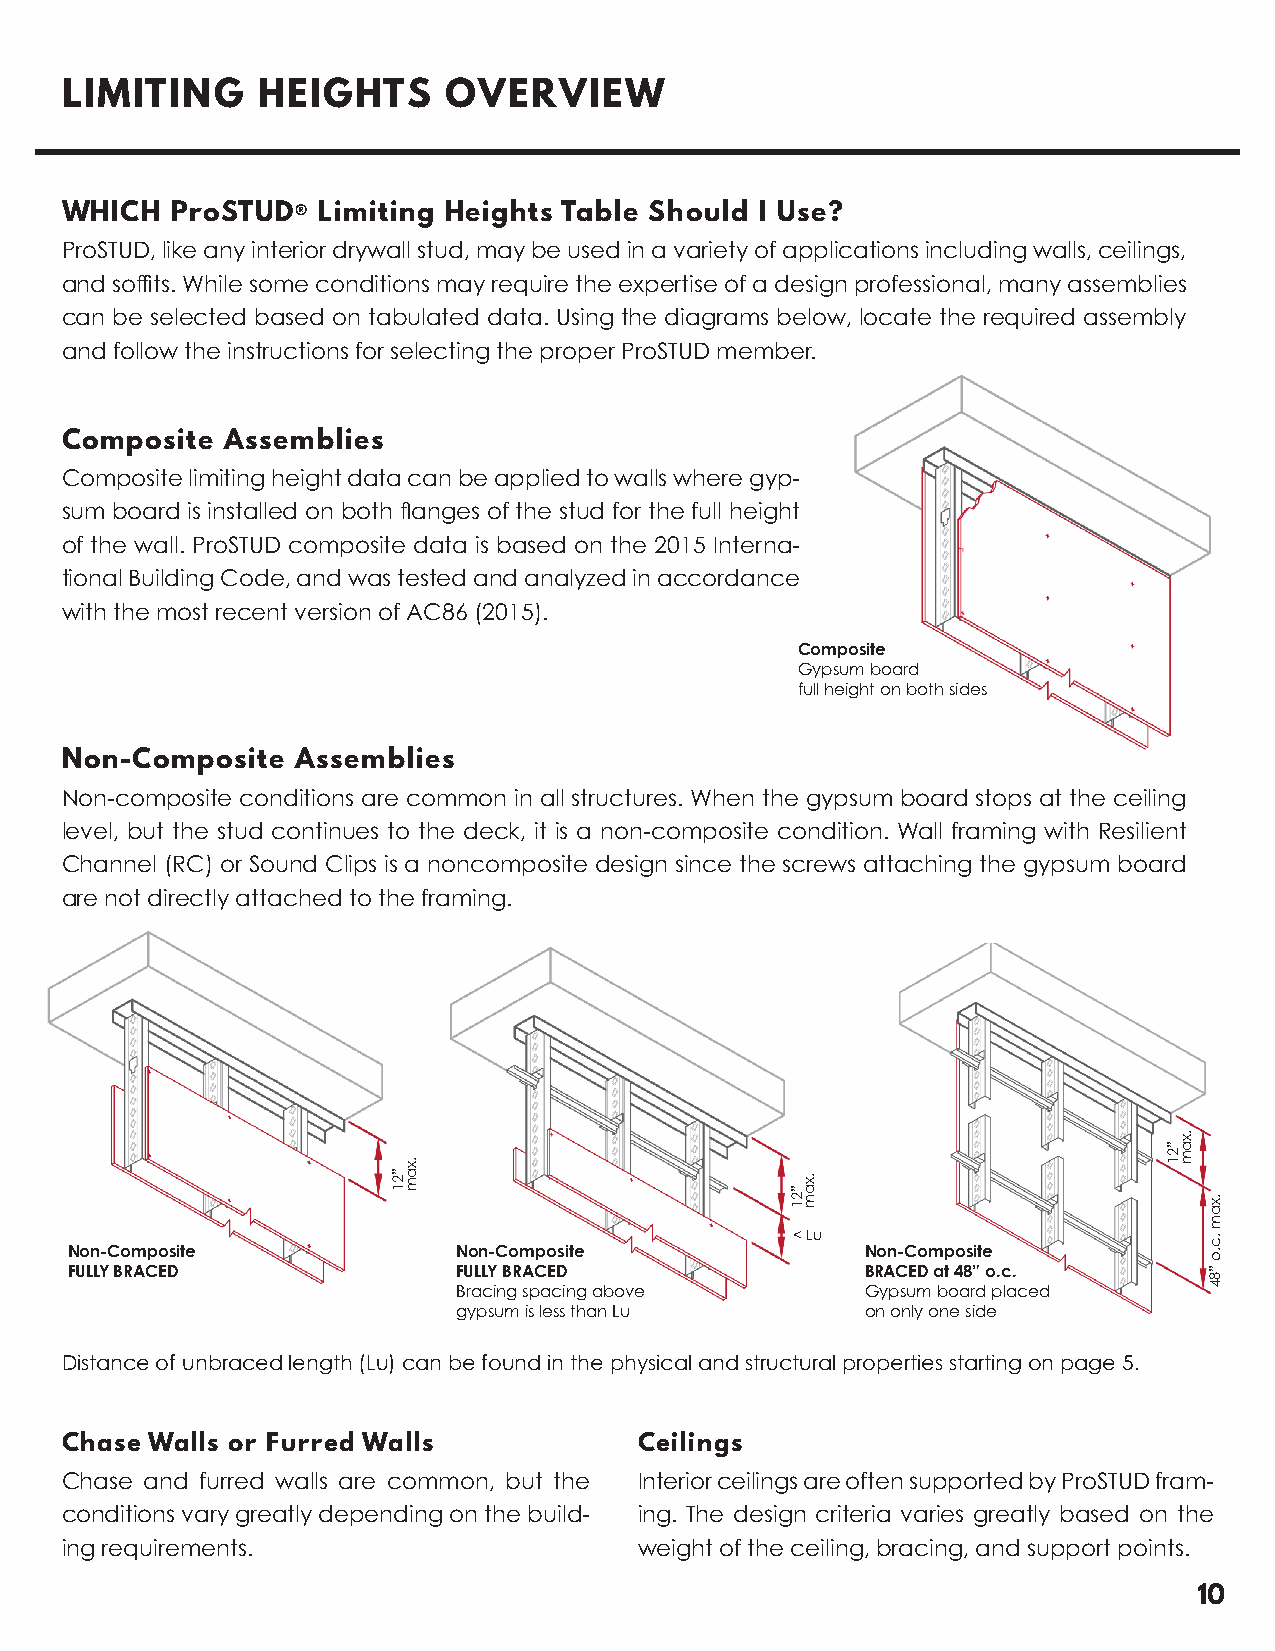
LIMITING     HEIGHTS     OVERVIEW
 WHICH  ProSTUD®  Limiting Heights Table Should I Use?
 ProSTUD, like any interior drywall stud, may be used in a variety of applications including walls, ceilings,
 and soffits. While some conditions may require the expertise of a design professional, many assemblies
 can be selected based on tabulated data. Using the diagrams below, locate the required assembly
 and follow the instructions for selecting the proper ProSTUD member.
 Composite  Assemblies
 Composite limiting height data can be applied to walls where gyp-
 sum board is installed on both flanges of the stud for the full height
 of the wall. ProSTUD composite data is based on the 2015 Interna-
 tional Building Code, and was tested and analyzed in accordance
 with the most recent version of AC86 (2015).
 Composite
 Gypsum board
 full height on both sides
 Non-Composite   Assemblies
 Non-composite conditions are common in all structures. When the gypsum board stops at the ceiling
 level, but the stud continues to the deck, it is a non-composite condition. Wall framing with Resilient
 Channel (RC) or Sound Clips is a noncomposite design since the screws attaching the gypsum board
 are not directly attached to the framing.
 < Lu
 Non-Composite             Non-Composite              Non-Composite
 FULLY BRACED              FULLY BRACED               BRACED at 48” o.c.
 Bracing spacing above      Gypsum board placed
 gypsum is less than Lu     on only one side
 Distance of unbraced length (Lu) can be found in the physical and structural properties starting on page 5.
 Chase Walls or Furred Walls           Ceilings
 Chase and furred walls are common, but the Interior ceilings are often supported by ProSTUD fram-
 conditions vary greatly depending on the build- ing. The design criteria varies greatly based on the
 ing requirements.                     weight of the ceiling, bracing, and support points.
 10
 ”21
 .xam
 ”21
 .xam
 ”21
 .xam
 .xam
 .c.o
 ”84